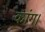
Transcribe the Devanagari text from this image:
कांग।